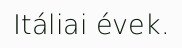
Itáliai évek.